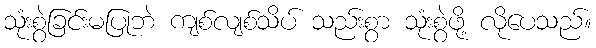
သုံးစွဲခြင်းမပြုဘဲ ကျစ်လျစ်သိပ် သည်းစွာ သုံးစွဲဖို့ လိုပေသည်။